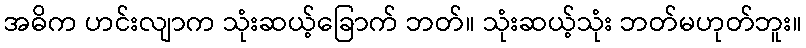
အဓိက ဟင်းလျာက သုံးဆယ့်ခြောက် ဘတ်။ သုံးဆယ့်သုံး ဘတ်မဟုတ်ဘူး။